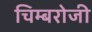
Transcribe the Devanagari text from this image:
चिम्बरोजी